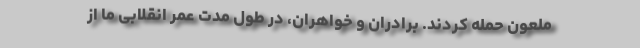
ملعون حمله کردند. برادران و خواهران، در طول مدت عمر انقلابی ما از